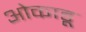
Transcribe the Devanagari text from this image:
ओकाडू